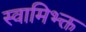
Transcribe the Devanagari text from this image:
स्वामिभ्क्त